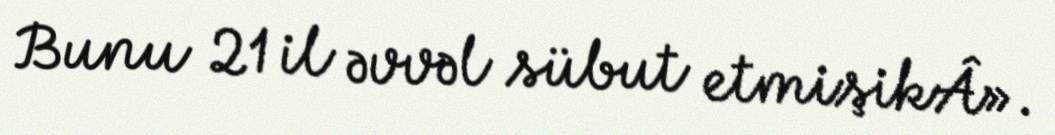
Bunu 21 il əvvəl sübut etmişikÂ».